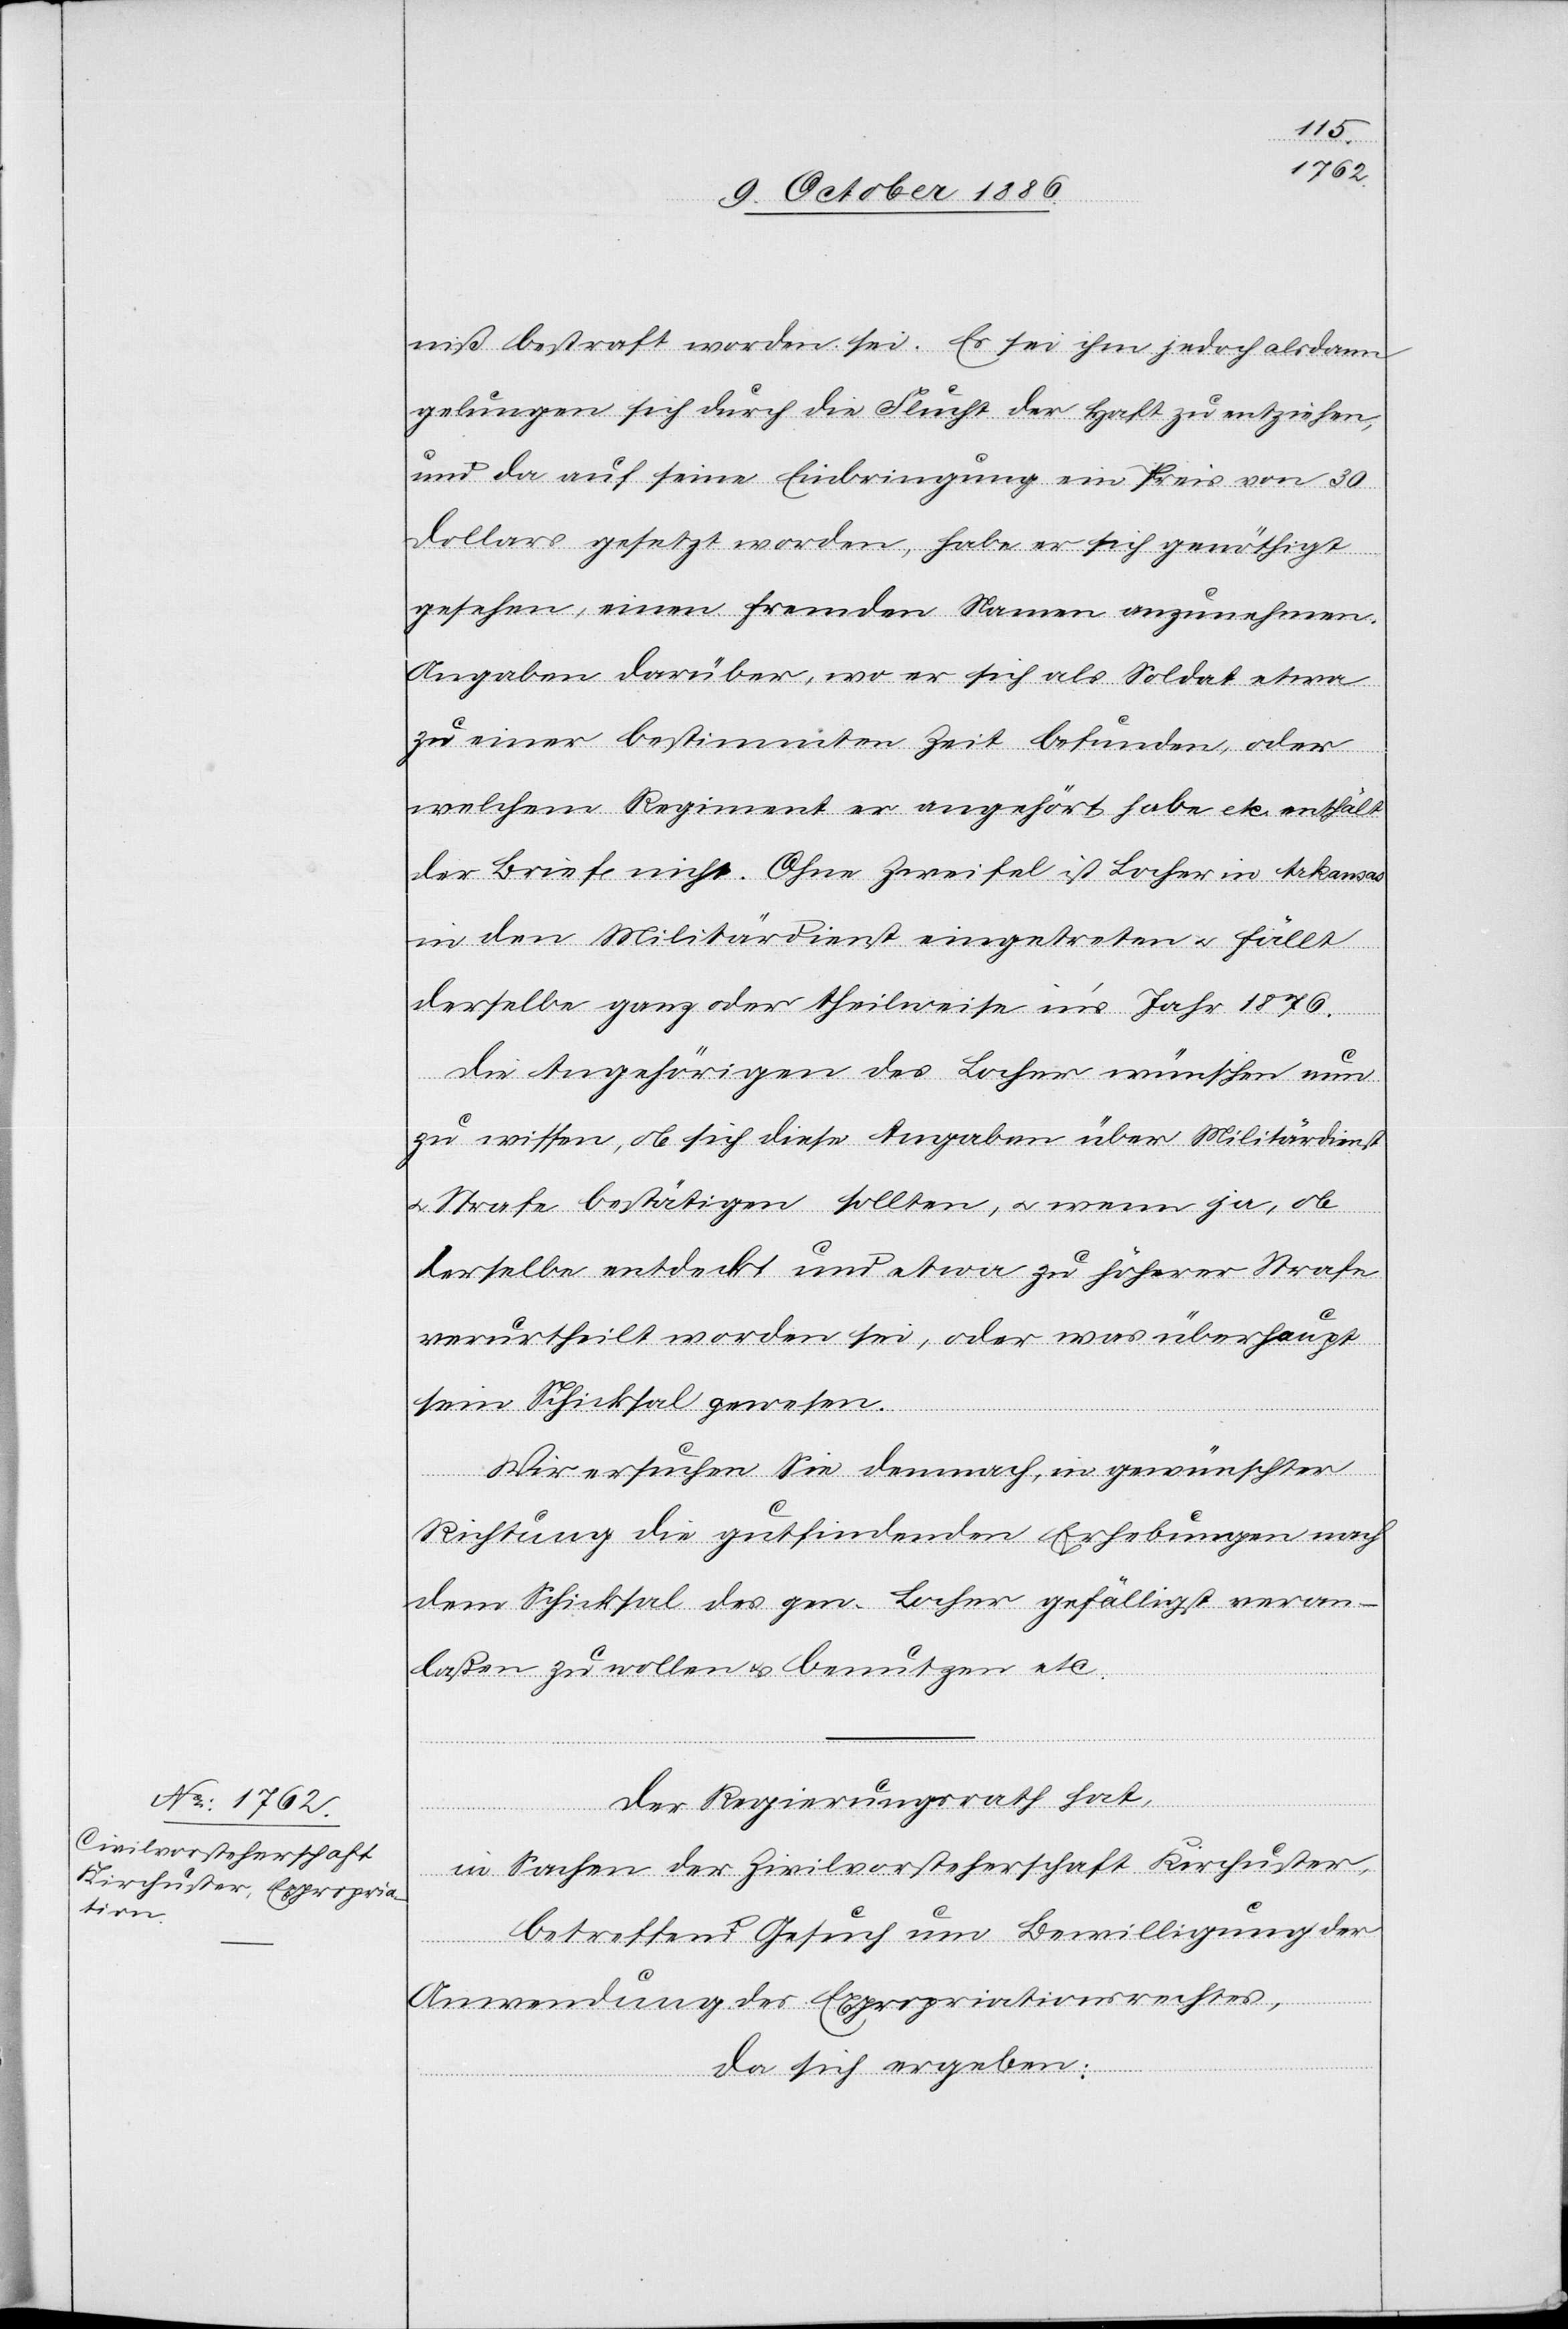
niß bestraft worden sei. Es sei ihm jedoch alsdann
gelungen sich durch die Flucht der Haft zu entziehen,
und da auf seine Einbringung ein Preis von 30
Dollars gesetzt worden, habe er sich genöthigt
gesehen, einen fremden Namen anzunehmen.
Angaben darüber, wo er sich als Soldat etwa
zu einer bestimmten Zeit befunden, oder
welchem Regiment er angehört habe etc. enthält
der Briefe nicht. Ohne Zweifel ist Locher in Arkansas
in den Militärdienst eingetreten & fällt
derselbe ganz oder theilweise in’s Jahr 1876.
Die Angehörigen des Locher wünschen nun
zu wissen, ob sich diese Angaben über Militärdienst
& Strafe bestätigen sollten, & wenn ja, ob
derselbe entdeckt und etwa zu höherer Strafe
verurtheilt worden sei, oder was überhaupt
sein Schicksal gewesen.
Wir ersuchen Sie demnach, in gewünschter
Richtung die gutfindenden Erhebungen nach
dem Schicksal des gen. Locher gefälligst veran¬
laßen zu wollen & benutzen etc.
Der Regierungsrath hat,
in Sachen der Zivilvorsteherschaft Kirchuster,
betreffend Gesuch um Bewilligung der
Anwendung des Expropriationsrechtes,
da sich ergeben: